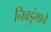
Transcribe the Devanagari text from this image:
निवडुंगाचे